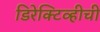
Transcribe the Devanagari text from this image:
डिरेक्टिव्हीची